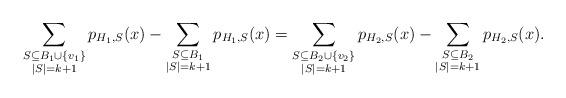
LaTeX: \begin{align*}\sum_{\substack{S\subseteq B_1\cup\{v_1\}\\|S|=k+1}}p_{H_1,S}(x)-\sum_{\substack{S\subseteq B_1\\ |S|=k+1}}p_{H_1,S}(x)=\sum_{\substack{S\subseteq B_2\cup\{v_2\}\\ |S|=k+1}}p_{H_2,S}(x)-\sum_{\substack{S\subseteq B_2\\ |S|=k+1}}p_{H_2,S}(x).\end{align*}